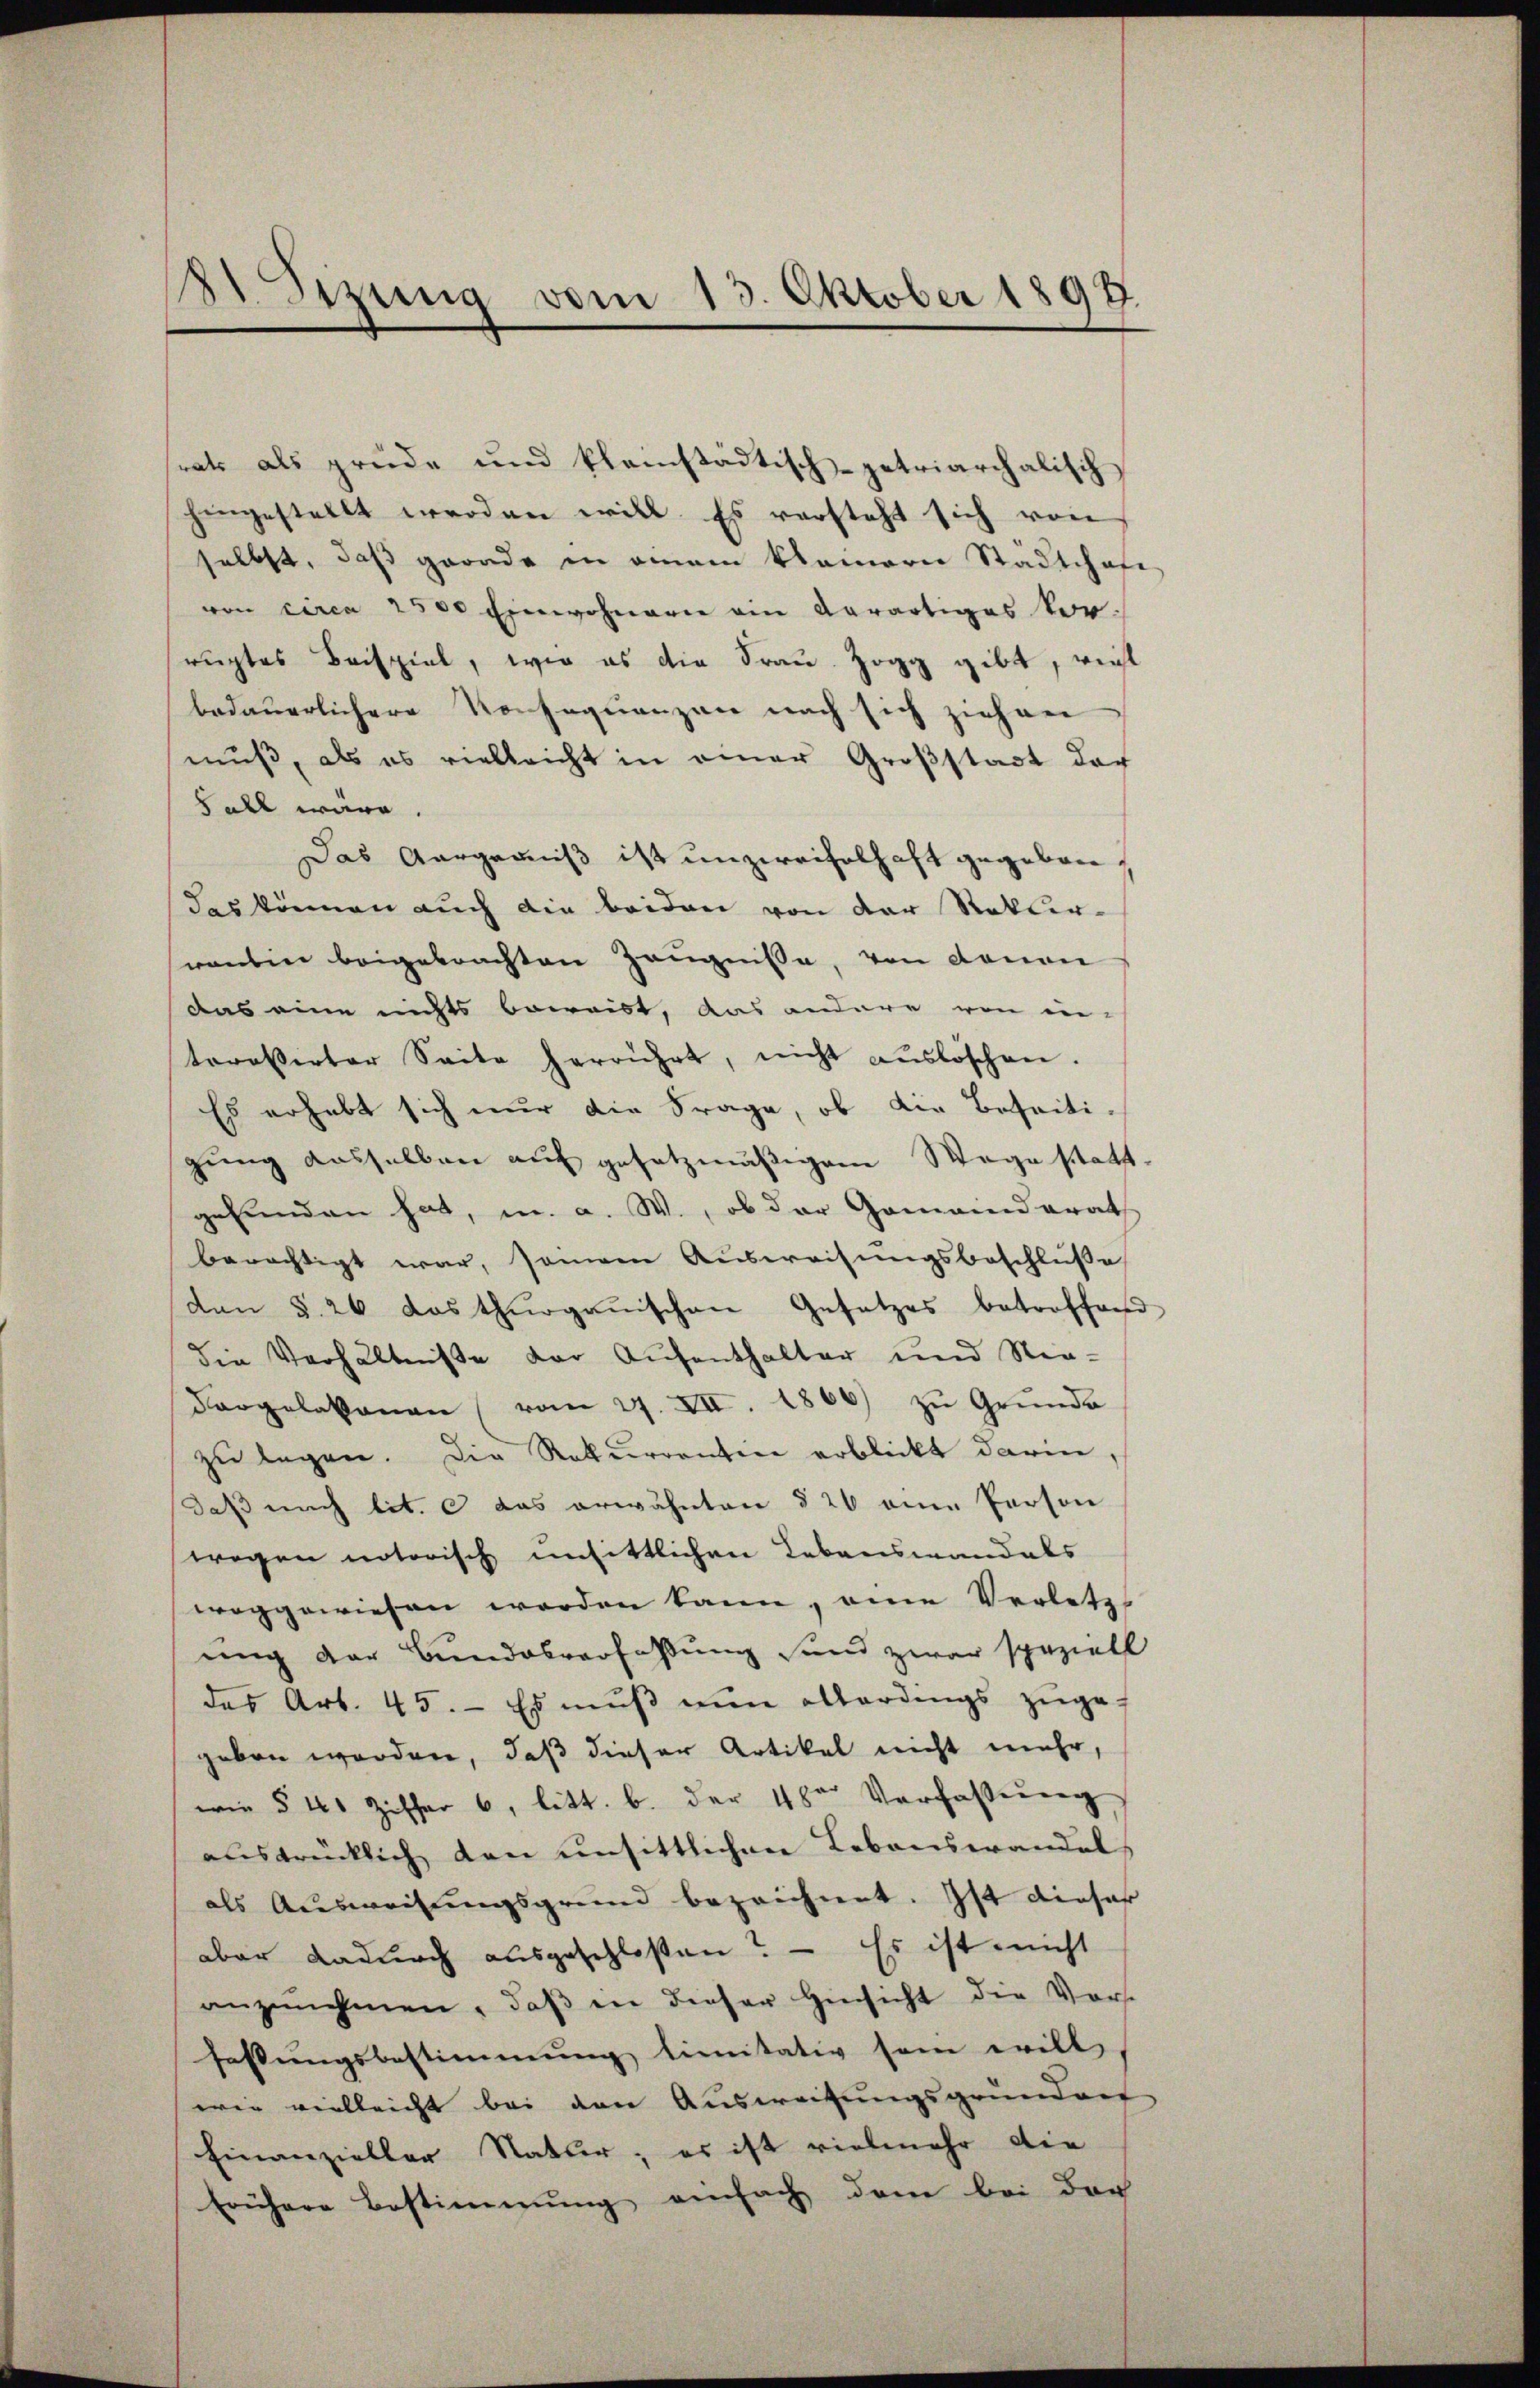
11 Sizung vom 15. Oktober 1897

rats als grüde und kleinstädtisch-getriarchalischhingestellt werden will. Es versteht sich von
selbst, daß gerade in einem klainern Städtchaft
von circa 2500 Einwohnern ein Aerartiges Vorregtes Beispiel, wie es die Frau Zogg gibt, wie
bedauerlichere Konsequenzen nach sich ziehen
muß, als es vielleicht in einer Großstadt der
 all wäre
Das Aergerniß ist unzweifelhaft gegeben,
das können auch die beiden von der Rekurrantin beigebrachten Zeugnisse, von Donau
das eine nichts beweist, das andere von in-
teressirter Seite herrührt, nicht aŭslöschen.
Es erhebt sich nur die Frage, ob die Beseitigung dasselben auf gesetzmäßigem Wege statt.
gefunden hat, u. a. W., ob der Gemeinderath
berächtigt war, seinem Ausweisungsbeschlüße
den §. 26 das thurgauischen Gesetzes betroffend
die Verhältniße der Aufenthalter und Neu-
Dargelakonen (vom 27. VII. 1866 zŭ Grŭnde
zu legen. Die Rekurrentin erblickt darin,
daß nach lit. c das erwähnten § 20 eine Person
wegen notorisch unsittlichen Lebenswandels
weggewiesen werden kann, eine Verletzt
ung der Bundesverfaßung sind zwar speziell
das Art. 45. Es muß nun allerdings zuge-
geben worden, daß dieser Artikel nicht mehr,
wie § 41 Ziffer 6, litt. b. der 4 der Verfassung
ausdrücklich den unsittlichen Lebenswandel,
als Ausweisungsgrund bezeichnet. Ist dieser
aber dadurch ausgeschlossen? — Es ist nicht
anzŭnehmen, daβ in dieser Hinsicht die Vorst
fassungsbestimmung limitativ sein will,
wie vielleicht bei den Ausweisungsgrundert
Finanzieller Natur; es ist vielmehr die
frühere Bestimmung einfach dem bei der